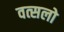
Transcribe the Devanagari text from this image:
वत्सलो